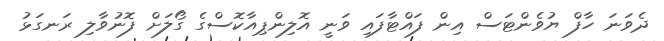
ދެވަނަ ހާފް ޔުވެންޓަސް އިން ފައްޓާފައި ވަނީ އޮލިންޕިއާކޮސްގެ ގޯލަށް ފޮނުވާލި ރަނގަޅު